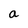
Character: a